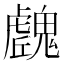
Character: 𩴛